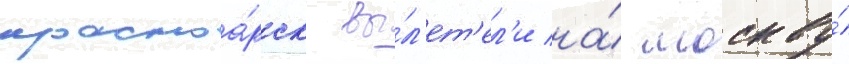
красноа́рск вы́л'ет'ел'и на́ москву́